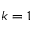
k = 1